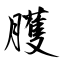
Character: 臒